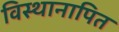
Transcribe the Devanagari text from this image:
विस्थानापित